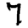
Digit: 7